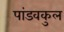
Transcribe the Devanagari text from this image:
पांडवकुल